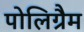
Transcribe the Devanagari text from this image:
पोलिग्रैम